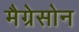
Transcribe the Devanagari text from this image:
मैग्रेसोन